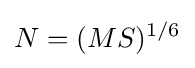
N=(MS)^{1/6}